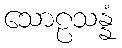
သောဠသန္နံ